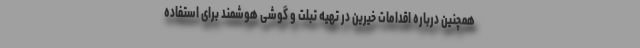
همچنین درباره اقدامات خیرین در تهیه تبلت و گوشی هوشمند برای استفاده